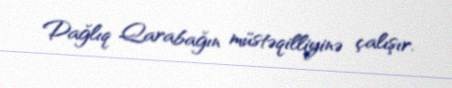
Dağlıq Qarabağın müstəqilliyinə çalışır.